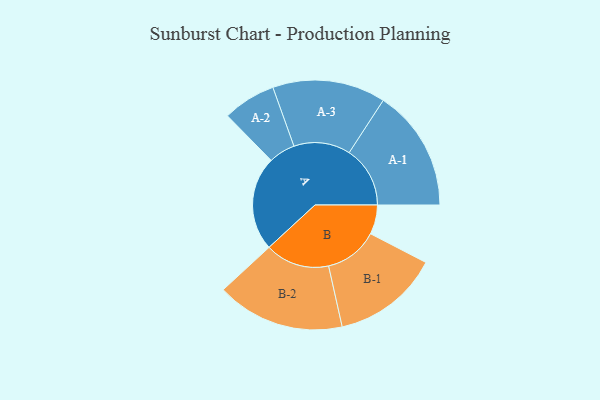
{"axis": {"x": "Segment", "y": "Value"}, "legend": ["", "A", "B"], "data": [{"x": "A", "y": 409, "type": ""}, {"x": "B", "y": 127, "type": ""}, {"x": "A-1", "y": 264, "type": "A"}, {"x": "A-2", "y": 115, "type": "A"}, {"x": "A-3", "y": 245, "type": "A"}, {"x": "B-1", "y": 232, "type": "B"}, {"x": "B-2", "y": 278, "type": "B"}]}